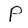
Character: P